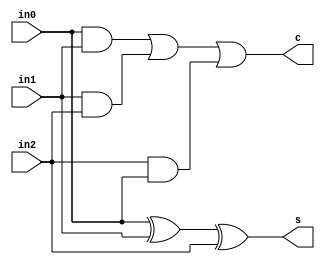
module fa_1bit(in0, in1, in2, c, s);

input in0, in1, in2;

output c,s;

	assign	c=(in0&in1)|(in1&in2)|(in2&in0);
	assign	s=in0^in1^in2;

endmodule